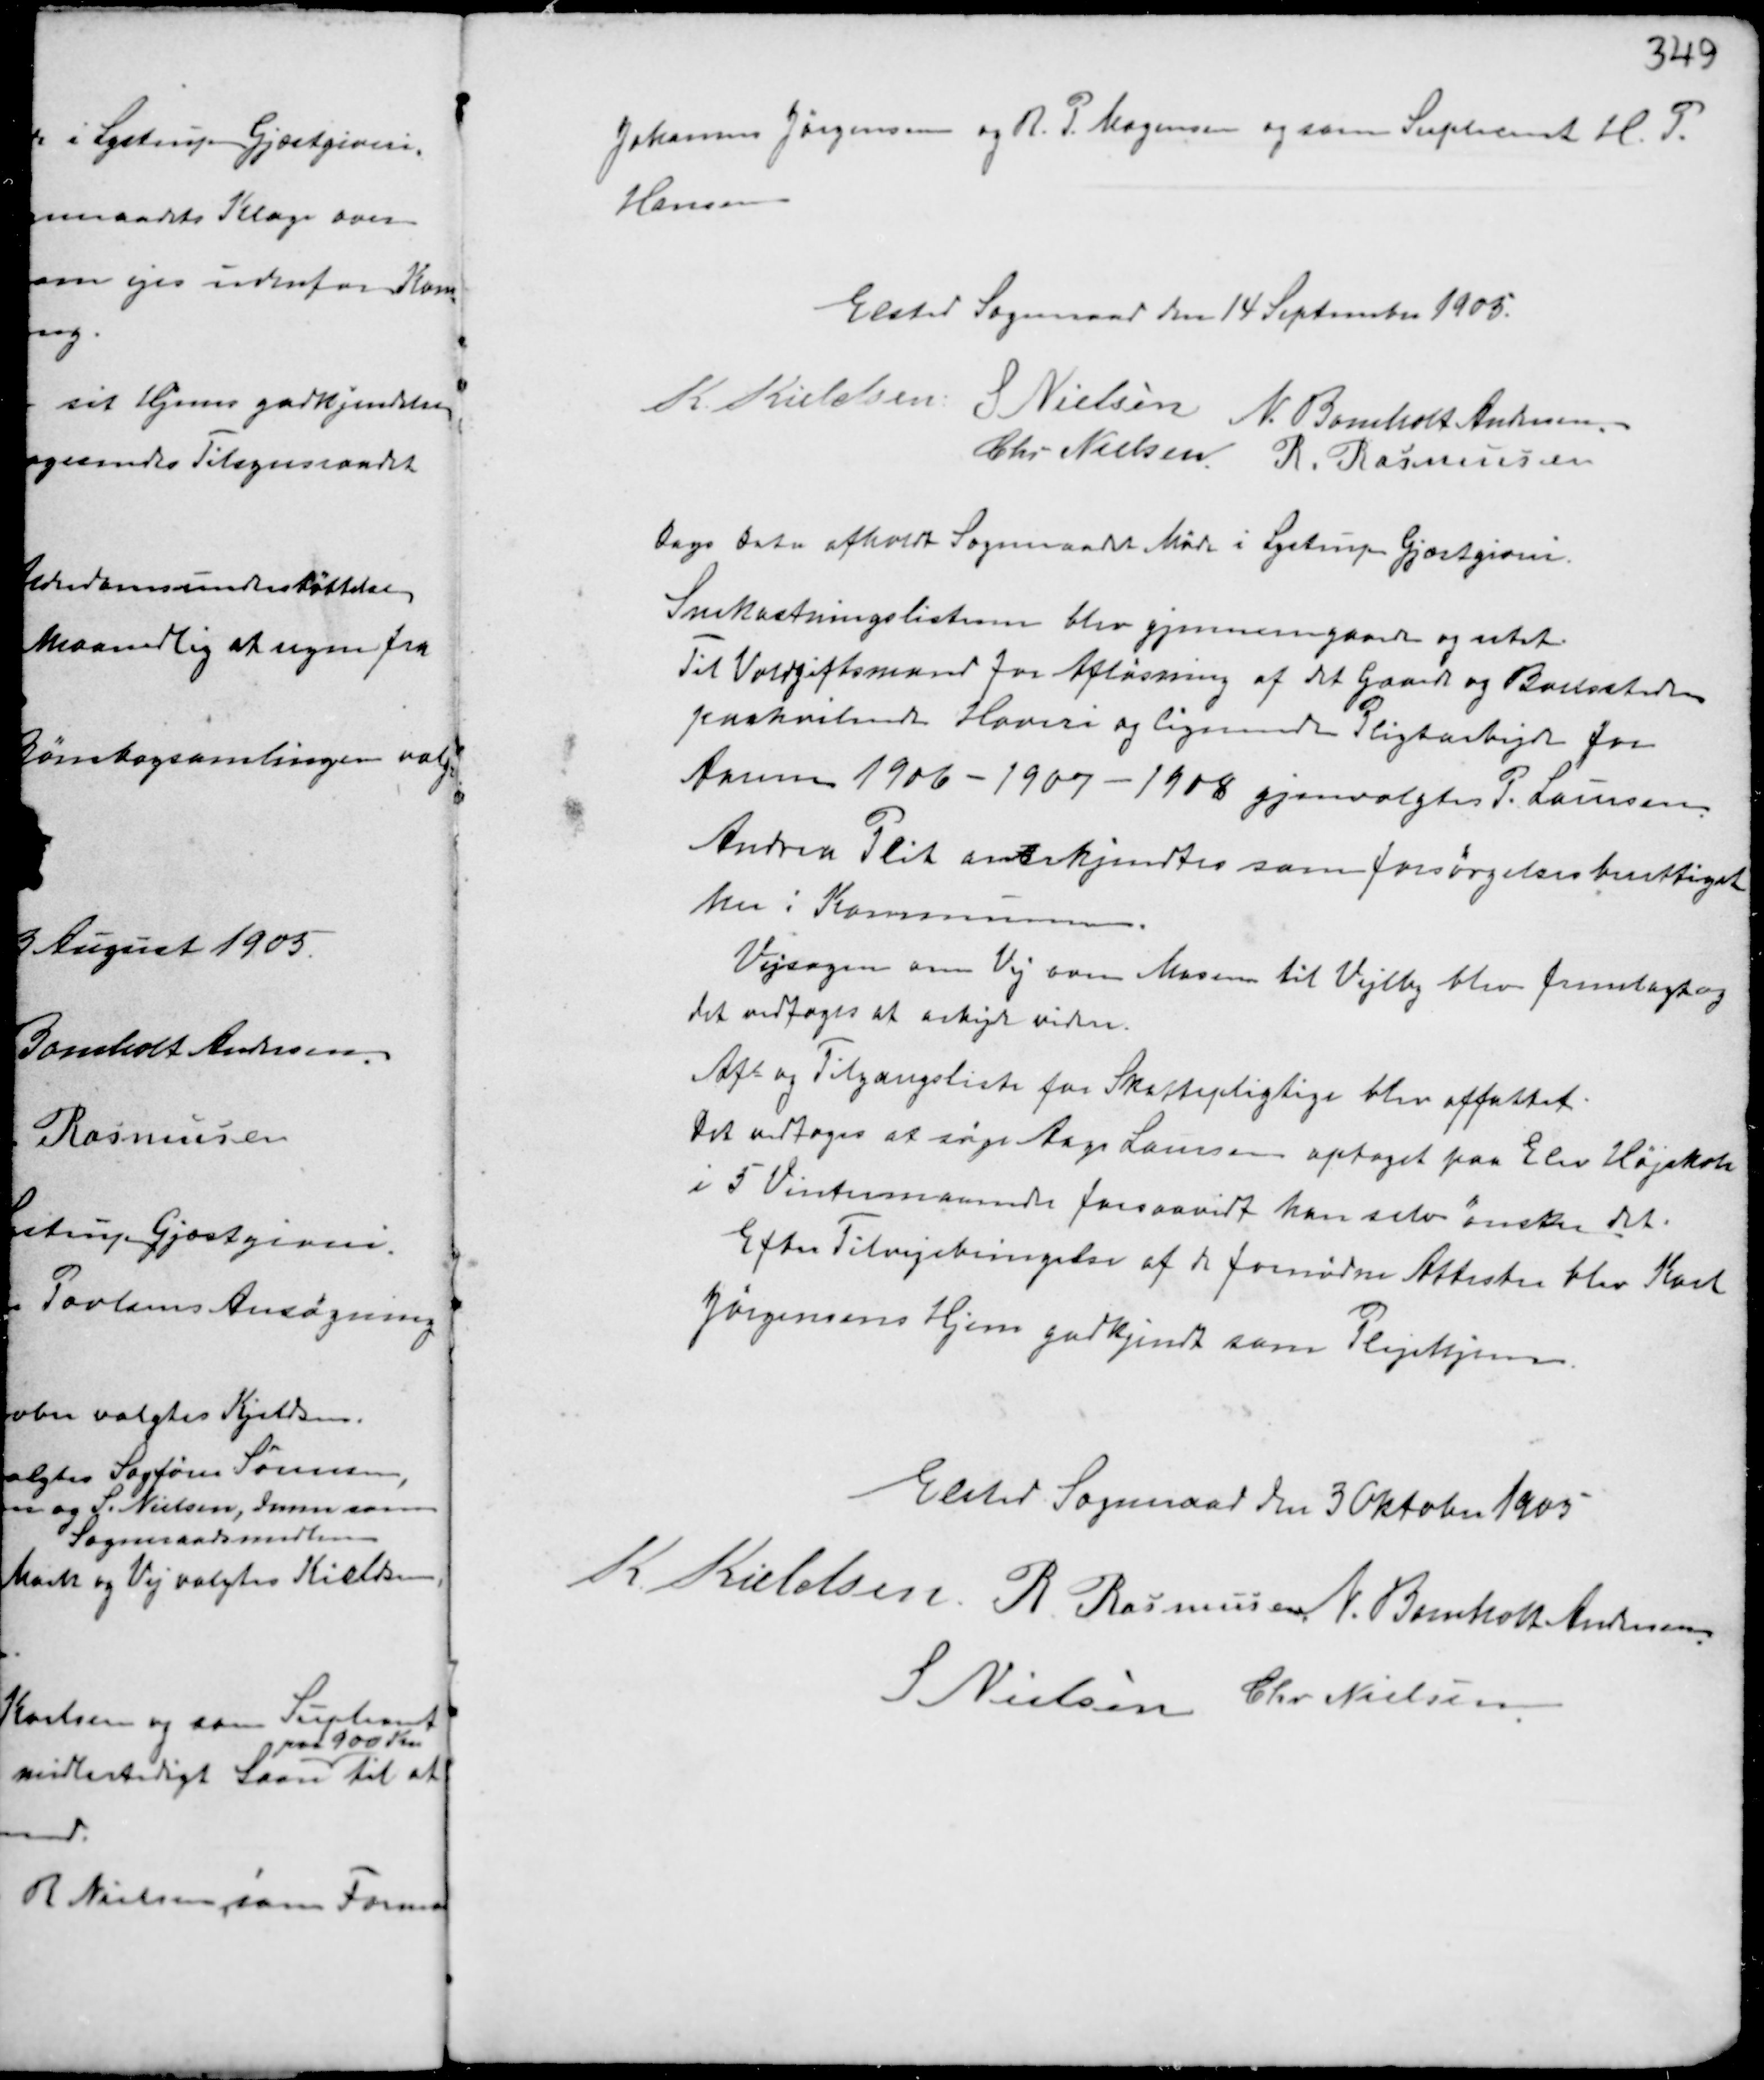
Transskription:
Johannes Jørgensen og R.P. Mogensen og som Supleant H.P.
Hansen

Elsted Sogneraad den 14 September 1905.
K. Kielsen S Nielsen N. Bomholt Andersen
Chr Nielsen R. Rasmussen

Dags Dato afholdt Sogneraadet Møde i Lystrup Gjæstgiveri.
Snekastningslisterne blev gjennemgaaede og udst
Til Voldgiftsmand for Afløsning af det Gaarde og Bosteder
paahvilende Hoveri og lignende Pligtarbejde for
Aarene 1906-1907-1908 gjenvalgtes P. Laursen.
Andrea Plit anerkjendtes som forsørgelsesberettiget
her i Kommunen.
Vejsagen om Vej bom Masene til Vejlby blev fremlagt og
det vedtoges at arbejde videre.
Af- og Tilgangsliste for Skattepligtige blev affattet.
Det vedtoges at søge Aage Laursen optaget paa Elev Højskole
i 5 Vintermaaneder forsaavidt han selv ønsker det.
Efter Tilvejebringelse af de fornødne Attester blev Karl
Jørgensens Hjem godkjendt som Plejehjem.

Elsted Sogneraad den 3 Oktober 1905
K. Kieldsen R. Rasmussen N. Bomholt Andersen
S Nielsen Chr Nielsen